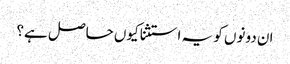
ان دونوں کو یہ استثنا کیوں حاصل ہے؟